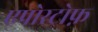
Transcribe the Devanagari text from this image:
एपोस्ट्रोफ़